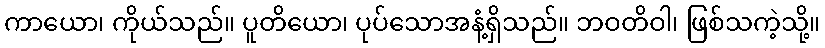
ကာယော၊ ကိုယ်သည်။ ပူတိယော၊ ပုပ်သောအနံ့ရှိသည်။ ဘဝတိဝါ၊ ဖြစ်သကဲ့သို့။